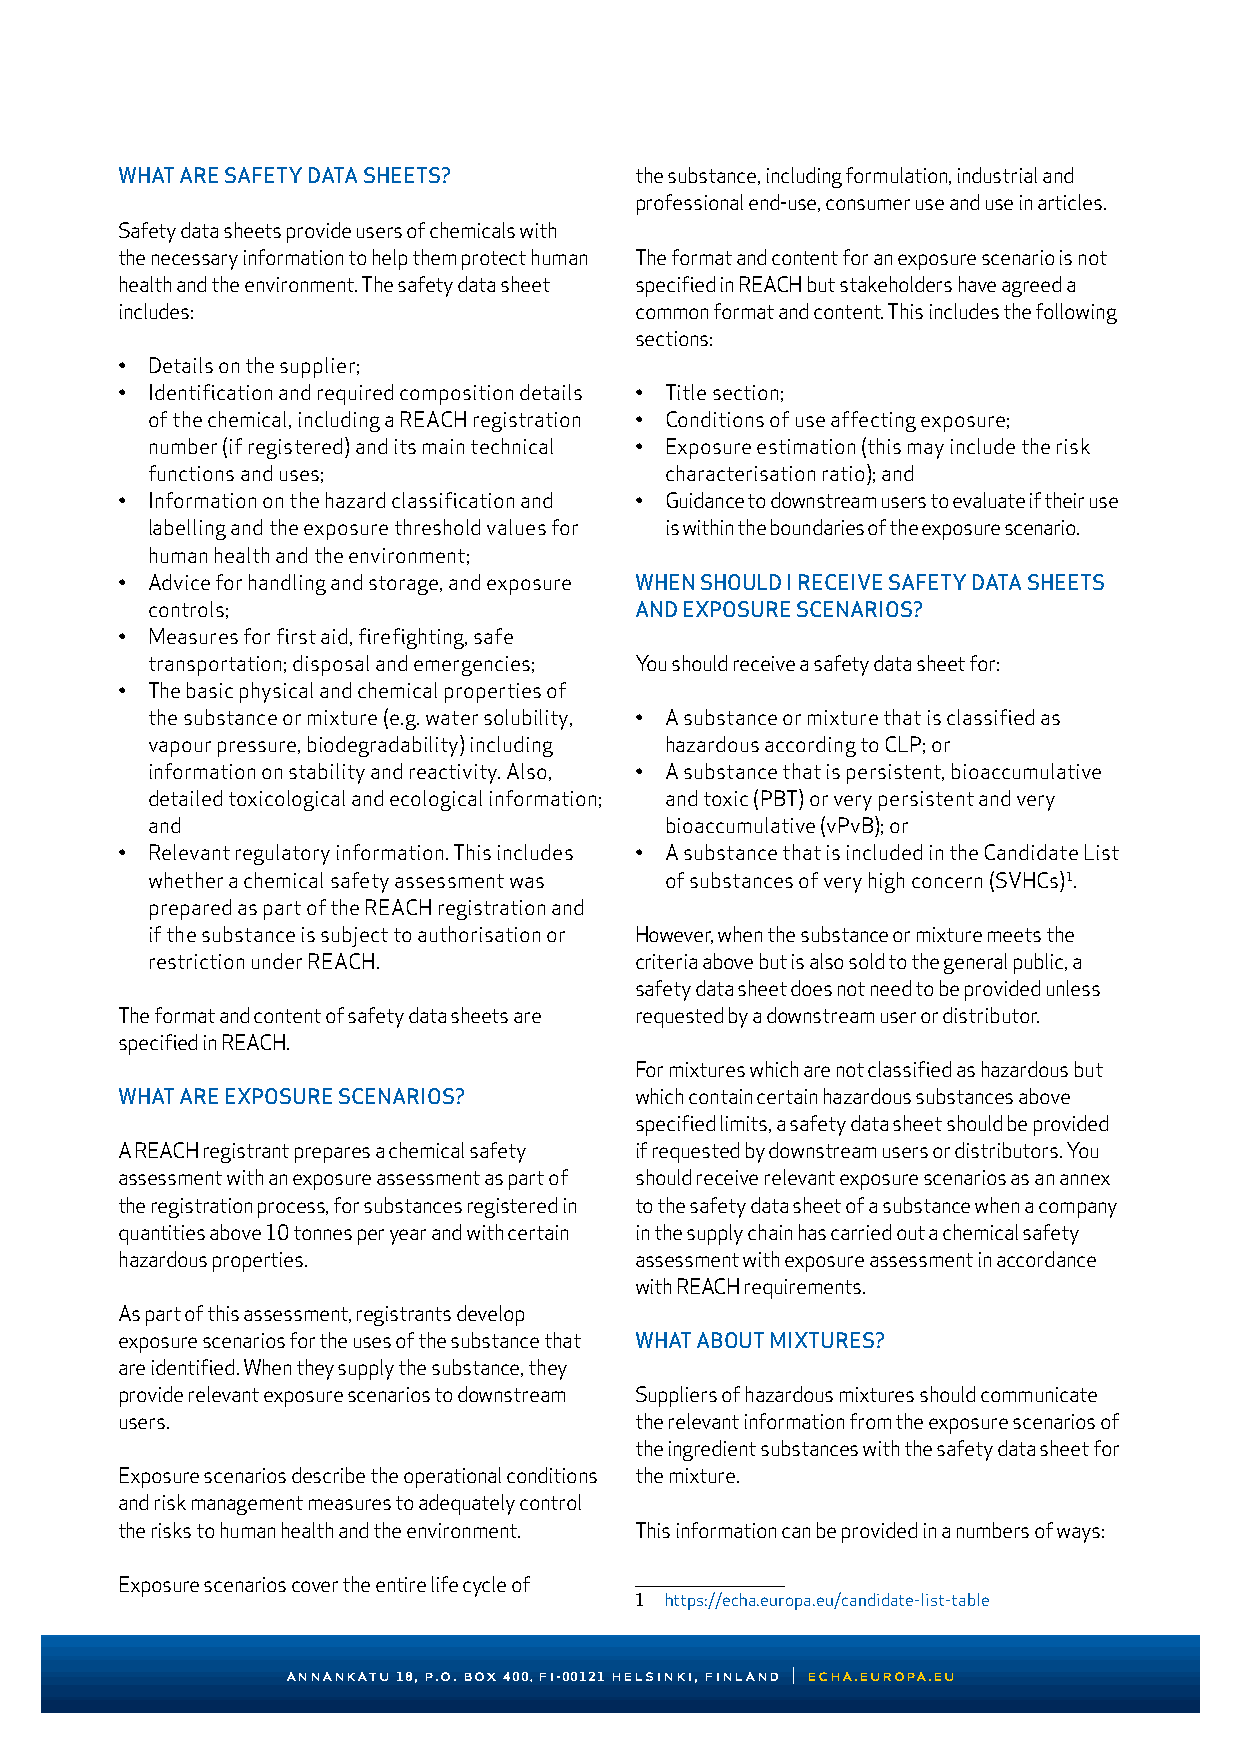
WHAT ARE SAFETY DATA SHEETS?      the substance, including formulation, industrial and
 professional end-use, consumer use and use in articles.
 Safety data sheets provide users of chemicals with
 the necessary information to help them protect human The format and content for an exposure scenario is not
 health and the environment. The safety data sheet specified in REACH but stakeholders have agreed a
 includes:                         common format and content. This includes the following
 sections:
 • Details on the supplier;
 • Identification and required composition details • Title section;
 of the chemical, including a REACH registration • Conditions of use affecting exposure;
 number (if registered) and its main technical • Exposure estimation (this may include the risk
 functions and uses;               characterisation ratio); and
 • Information on the hazard classification and • Guidance to downstream users to evaluate if their use
 labelling and the exposure threshold values for is within the boundaries of the exposure scenario.
 human health and the environment;
 • Advice for handling and storage, and exposure WHEN SHOULD I RECEIVE SAFETY DATA SHEETS
 controls;                       AND EXPOSURE SCENARIOS?
 • Measures for first aid, firefighting, safe
 transportation; disposal and emergencies; You should receive a safety data sheet for:
 • The basic physical and chemical properties of
 the substance or mixture (e.g. water solubility, • A substance or mixture that is classified as
 vapour pressure, biodegradability) including hazardous according to CLP; or
 information on stability and reactivity. Also, • A substance that is persistent, bioaccumulative
 detailed toxicological and ecological information; and toxic (PBT) or very persistent and very
 and                               bioaccumulative (vPvB); or
 • Relevant regulatory information. This includes • A substance that is included in the Candidate List
 whether a chemical safety assessment was of substances of very high concern (SVHCs)1.
 prepared as part of the REACH registration and
 if the substance is subject to authorisation or However, when the substance or mixture meets the
 restriction under REACH.        criteria above but is also sold to the general public, a
 safety data sheet does not need to be provided unless
 The format and content of safety data sheets are requested by a downstream user or distributor.
 specified in REACH.
 For mixtures which are not classified as hazardous but
 WHAT ARE EXPOSURE SCENARIOS?      which contain certain hazardous substances above
 specified limits, a safety data sheet should be provided
 A REACH registrant prepares a chemical safety if requested by downstream users or distributors. You
 assessment with an exposure assessment as part of should receive relevant exposure scenarios as an annex
 the registration process, for substances registered in to the safety data sheet of a substance when a company
 quantities above 10 tonnes per year and with certain in the supply chain has carried out a chemical safety
 hazardous properties.             assessment with exposure assessment in accordance
 with REACH requirements.
 As part of this assessment, registrants develop
 exposure scenarios for the uses of the substance that WHAT ABOUT MIXTURES?
 are identified. When they supply the substance, they
 provide relevant exposure scenarios to downstream Suppliers of hazardous mixtures should communicate
 users.                            the relevant information from the exposure scenarios of
 the ingredient substances with the safety data sheet for
 Exposure scenarios describe the operational conditions the mixture.
 and risk management measures to adequately control
 the risks to human health and the environment. This information can be provided in a numbers of ways:
 Exposure scenarios cover the entire life cycle of
 1 https://echa.europa.eu/candidate-list-table
 annankatu 18, p.o. box 400, fi-00121 helsinki, finland | echa.europa.eu